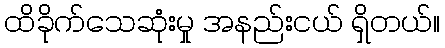
ထိခိုက်သေဆုံးမှု အနည်းငယ် ရှိတယ်။